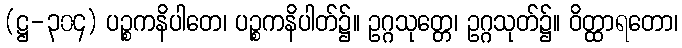
(ဋ္ဌ-၃၀၄) ပဉ္စကနိပါတေ၊ ပဉ္စကနိပါတ်၌။ ဥဂ္ဂသုတ္တေ၊ ဥဂ္ဂသုတ်၌။ ဝိတ္ထာရတော၊